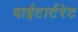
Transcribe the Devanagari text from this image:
वाईटार्टरेट